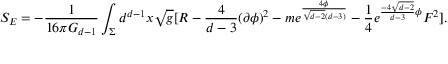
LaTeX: S _ { E } = - \frac { 1 } { 1 6 \pi G _ { d - 1 } } \int _ { \Sigma } d ^ { d - 1 } x \sqrt { g } [ R - \frac { 4 } { d - 3 } ( \partial \phi ) ^ { 2 } - m e ^ { \frac { 4 \phi } { \sqrt { d - 2 } ( d - 3 ) } } - \frac { 1 } { 4 } e ^ { \frac { - 4 \sqrt { d - 2 } } { d - 3 } \phi } F ^ { 2 } ] .